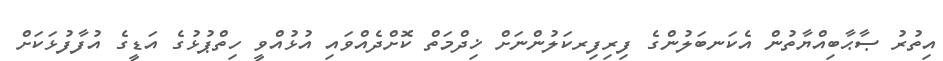
އިތުރު ޞާޙާބިއްޔާތުން އެކަނބަލުންގެ ފިރިފިރކަލުންނަށް ޚިދްމަތް ކޮށްދެއްވައި އުޅުއްވީ ހިތްޕުޅުގެ އަޑީގެ އުފާފުޅަކަށް